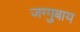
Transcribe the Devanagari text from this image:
जग्गुबाय